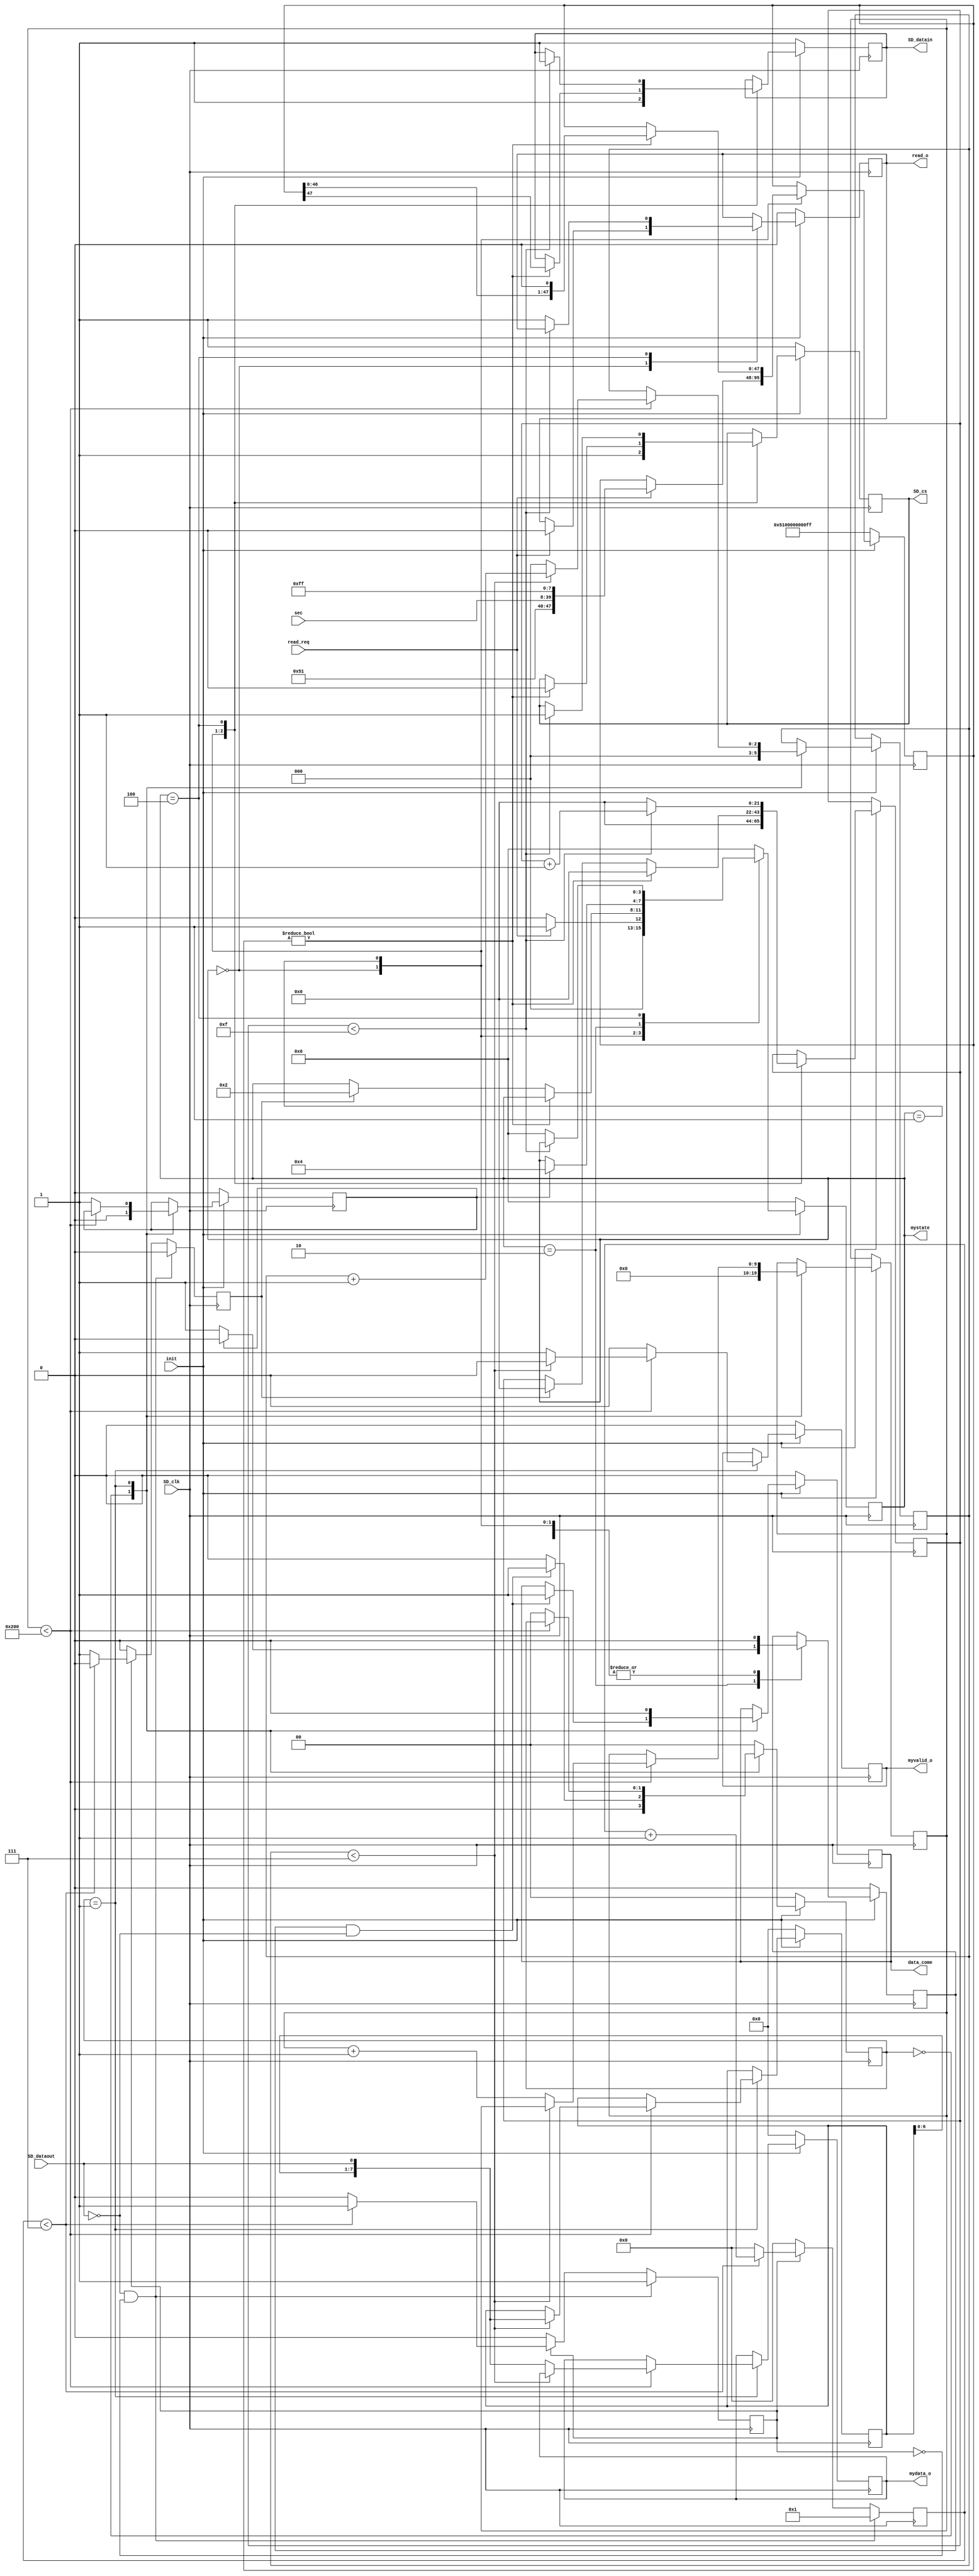
`timescale 1ns / 1ps
//////////////////////////////////////////////////////////////////////////////////
// Company: 
// Engineer: 
// 
// Design Name: 
// Module Name: SD_read
// Project Name: 
// Target Devices: 
// Tool Versions: 
// Description: 
// 
// Dependencies: 
// 
// Revision:
// Revision 0.01 - File Created
// Additional Comments:
// 
//////////////////////////////////////////////////////////////////////////////////


module SD_read(
     input SD_clk,       
     output reg SD_cs,       
     output reg SD_datain,       
     input  SD_dataout,               
     input [31:0] sec,              
     input read_req,              
     output reg [7:0]mydata_o,                            
     output reg myvalid_o,             
     output reg data_come,                     
     input init,                   
     output reg [3:0] mystate,       
     output reg read_o   
     );
     reg [7:0] rx;
     reg en;
     reg rx_valid;
     reg [5:0] count;
     reg [21:0] cnt;
     reg myen;
     
     reg read_finish;
     reg read_start;
     
     reg [7:0] mydata;
     
     reg [1:0] read_step;
     reg [9:0] read_cnt;
     
     reg [47:0] CMD17; 
     
     reg [2:0] cnta, cntb;
     
     parameter idle = 4'd0;
     parameter read = 4'd1;
     parameter read_wait = 4'd2;
     parameter read_data = 4'd3;
     parameter read_done = 4'd4; 
     
     always @(posedge SD_clk)
     begin  
        rx[0]<=SD_dataout;  
        rx[7:1]<=rx[6:0]; 
     end
     
     
     always @(posedge SD_clk) 
     begin 
         if (!SD_dataout && !en) 
         begin 
             rx_valid <= 1'b0;
             count <= 1;
             en <= 1'b1;
         end    
         else if(en) 
         begin    
             if(count<7) 
             begin    
                count<=count+1'b1;    
                rx_valid<=1'b0;   
            end   
            else 
            begin    
                count<=0;   
                en<=1'b0;   
                rx_valid<=1'b1;  
            end  
        end  
        else 
        begin 
             en<=1'b0;
             count<=0;
             rx_valid<=1'b0;
         end
        end 
     
     
     always @(negedge SD_clk) 
     if (!init) 
     begin 
         mystate <= idle;
         CMD17 <= {8'h51, 8'h00, 8'h00, 8'h00, 8'h00, 8'hff};
         read_start <= 1'b0;
         read_o <= 1'b0;
         SD_cs <= 1'b1;
         SD_datain <= 1'b1;
     end
     else 
     begin 
        case (mystate)
        idle : 
        begin 
            read_start <= 1'b0;
            SD_cs <= 1'b1;
            SD_datain <= 1'b1;
            cnt <= 22'd0;
            if (read_req) 
            begin 
                mystate <= read;
                read_o <= 1'b0;
                CMD17 <= {8'h51, sec [31:24], sec [23:16], sec [15:8], sec [7:0], 8'hff}; 
            end 
            else 
                mystate <= idle;
        end
        
        read : 
        begin 
            read_start <= 1'b0;
            if (CMD17 != 48'd0)
            begin 
                SD_cs <= 1'b0;
                SD_datain <= CMD17[47];
                CMD17 <= {CMD17 [46:0], 1'b0}; 
                myen <= 1'b0;
                cnt <= 22'd0;
            end 
            else 
            begin 
                if (rx_valid) 
                begin 
                    cnt <= 0;
                    mystate <= read_wait;
                end 
            end 
        end
          
        read_wait : 
        begin 
            if (read_finish) 
            begin 
                mystate <= read_done;
                read_start <= 1'b0;
            end 
            else 
                read_start <= 1'b1;
        end 
               
        read_done : 
        begin 
            read_start <= 1'b0;
            if (cnt < 22'd15)
            begin 
                SD_cs <= 1'b1;
                SD_datain <= 1'b1;
                cnt <= cnt + 1'b1;
            end 
            else 
            begin 
                cnt <= 0;
                mystate <= idle;
                read_o <= 1'b1;
            end 
        end 
        
        default : mystate <= 0;
        endcase 
        end
    
       
    
     always @(posedge SD_clk) 
     begin
        if(!init)
        begin 
            myvalid_o <= 1'b0;
            mydata_o <= 0;
            mydata <= 0;
            read_step <= 2'b00;
            read_finish <= 1'b0;
            data_come <= 1'b0;
        end
        else 
        begin 
            case (read_step)
            2'b00 : 
            begin 
                cntb <= 0;
                read_cnt <= 0;
                read_finish <= 1'b0;
                if ((read_start == 1'b1) & (!SD_dataout))
                begin 
                    read_step <= 2'b01;
                    data_come <= 1'b1;
                end 
                else 
                    read_step <= 2'b00;
            end 
            
            2'b01 :
            begin 
                if (read_cnt < 512) 
                begin 
                    if (cntb < 7) 
                    begin 
                        myvalid_o <= 1'b0;
                        mydata <= {mydata [6:0], SD_dataout}; 
                        cntb <= cntb + 1'b1;
                        data_come <= 1'b0;
                    end 
                    else 
                    begin 
                        myvalid_o <= 1'b1;       
                        mydata_o <= {mydata [6:0], SD_dataout}; 
                        cntb <= 0; 
                        read_cnt <= read_cnt + 1'b1;
                        data_come <= 1'b0;
                    end 
                end 
                else 
                begin 
                    read_finish <= 1'b1;
                    read_step <= 2'b00;
                    myvalid_o <= 1'b0;
                    data_come <= 1'b0;
                end 
            end 
            
            default : read_step <= 2'b00;
        endcase
        end
        end 
           

endmodule